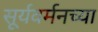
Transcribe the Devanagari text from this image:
सूर्यवर्मनच्या